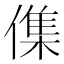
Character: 𠍱